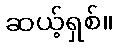
ဆယ့်ရှစ်။